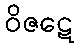
ဝိဇဋေ